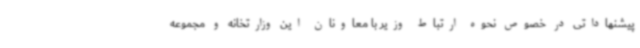
پیشنهاداتی در خصوص نحوه ارتباط وزیر با معاونان این وزارتخانه و مجموعه